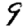
Digit: 9